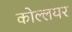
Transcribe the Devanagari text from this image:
कोल्लयर